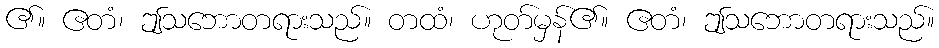
၏။ ဧတံ၊ ဤသဘောတရားသည်။ တထံ၊ ဟုတ်မှန်၏။ ဧတံ၊ ဤသဘောတရားသည်။